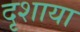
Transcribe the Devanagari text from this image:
दृशाया